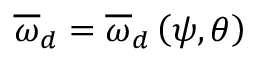
\overline { { \omega } } _ { d } = \overline { { \omega } } _ { d } \left( \psi , \theta \right)